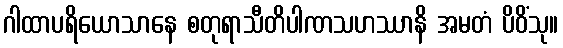
ဂါထာပရိယောသာနေ စတုရာသီတိပါဏသဟဿာနိ အမတံ ပိဝိံသု။